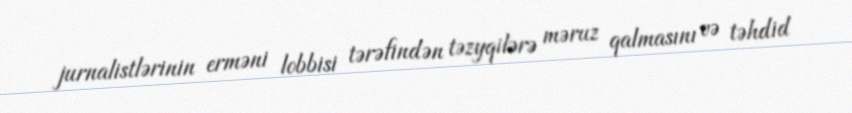
jurnalistlərinin erməni lobbisi tərəfindən təzyqilərə məruz qalmasını və təhdid